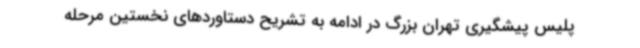
‌پلیس پیشگیری تهران بزرگ در ادامه به تشریح دستاوردهای نخستین مرحله